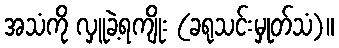
အသံကို လှူခဲ့ရကျိုး (ခရုသင်းမှုတ်သံ)။